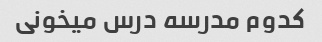
کدوم مدرسه درس میخونی